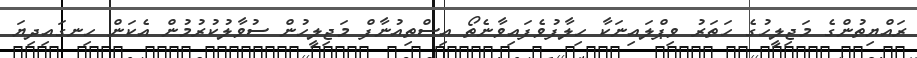
ރައްޔިތުންގެ މަޖިލީހުގެ ހަތަރު ވިޕްލައިނަކާ ހިލާފުވެފައިވާނެތޯ އިސްތިއުނާފް މަޖިލީހުން ސުވާލުކުރުމުން އެކަން ހިނގައިދިޔަ